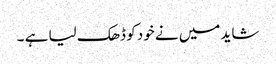
شاید میں نے خود کو ڈھک لیا ہے ۔